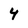
Character: 4